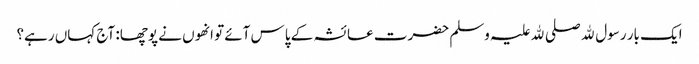
ایک بار رسول ﷲ صلی ﷲ علیہ وسلم حضرت عائشہ کے پاس آئے تو انھوں نے پوچھا: آج کہاں رہے؟